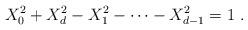
LaTeX: \begin{align*}X_0^2+X_d^2 - X_1^2 -\cdots -X_{d-1}^2 =1\ .\end{align*}